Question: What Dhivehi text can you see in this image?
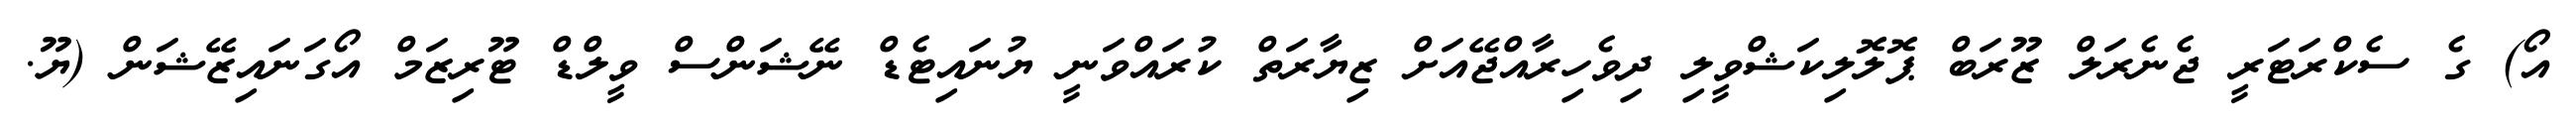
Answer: އޯ) ގެ ސެކްރަޓަރީ ޖެނެރަލް ޒޫރަބް ޕޮލޮލިކަޝްވީލި ދިވެހިރާއްޖޭއަށް ޒިޔާރަތް ކުރައްވަނީ ޔުނައިޓެޑް ނޭޝަންސް ވީލްޑް ޓޫރިޒަމް އޯގަނައިޒޭޝަން (ޔޫ.